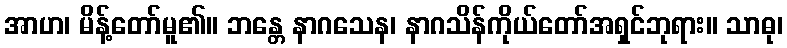
အာဟ၊ မိန့်တော်မူ၏။ ဘန္တေ နာဂသေန၊ နာဂသိန်ကိုယ်တော်အရှင်ဘုရား။ သာဓု၊